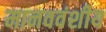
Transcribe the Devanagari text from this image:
मानववंशीय